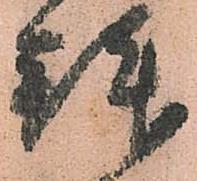
拝